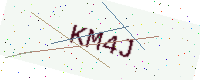
Text: KM4J